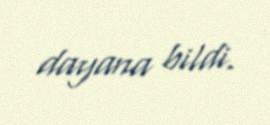
dayana bildi.